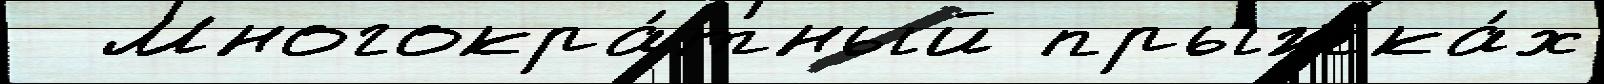
  Многокра́тный прыжка́х